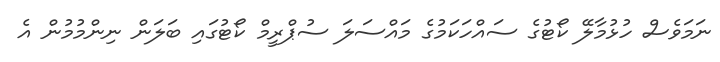
ނަމަވެސް ހުޅުމާލޭ ކޯޓުގެ ސައްހަކަމުގެ މައްސަލަ ސުޕްރީމް ކޯޓުގައި ބަލަން ނިންމުމުން އެ